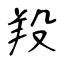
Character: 羖